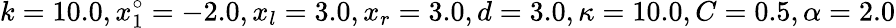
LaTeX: k=10.0,x_{1}^{\circ}=-2.0,x_{l}=3.0,x_{r}=3.0,d=3.0,\kappa=10.0,C=0.5,\alpha=2.0